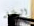
البطاقه